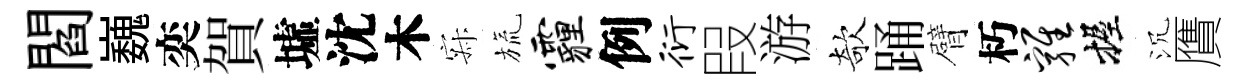
閻巍奕賀墟沈木寂旒霾例衍叚游欹踊臂朽鸡握沉贋